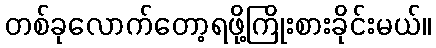
တစ်ခုလောက်တော့ရဖို့ကြိုးစားခိုင်းမယ်။